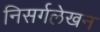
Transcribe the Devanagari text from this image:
निसर्गलेखन